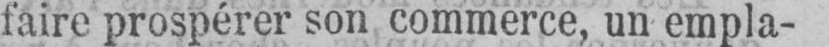
faire prospérer son commerce, un empla-